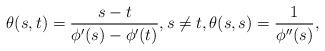
LaTeX: \begin{align*} \theta(s,t) = \frac{s-t}{\phi'(s)-\phi'(t)}, s\neq t,\theta(s,s) = \frac{1}{\phi''(s)},\end{align*}